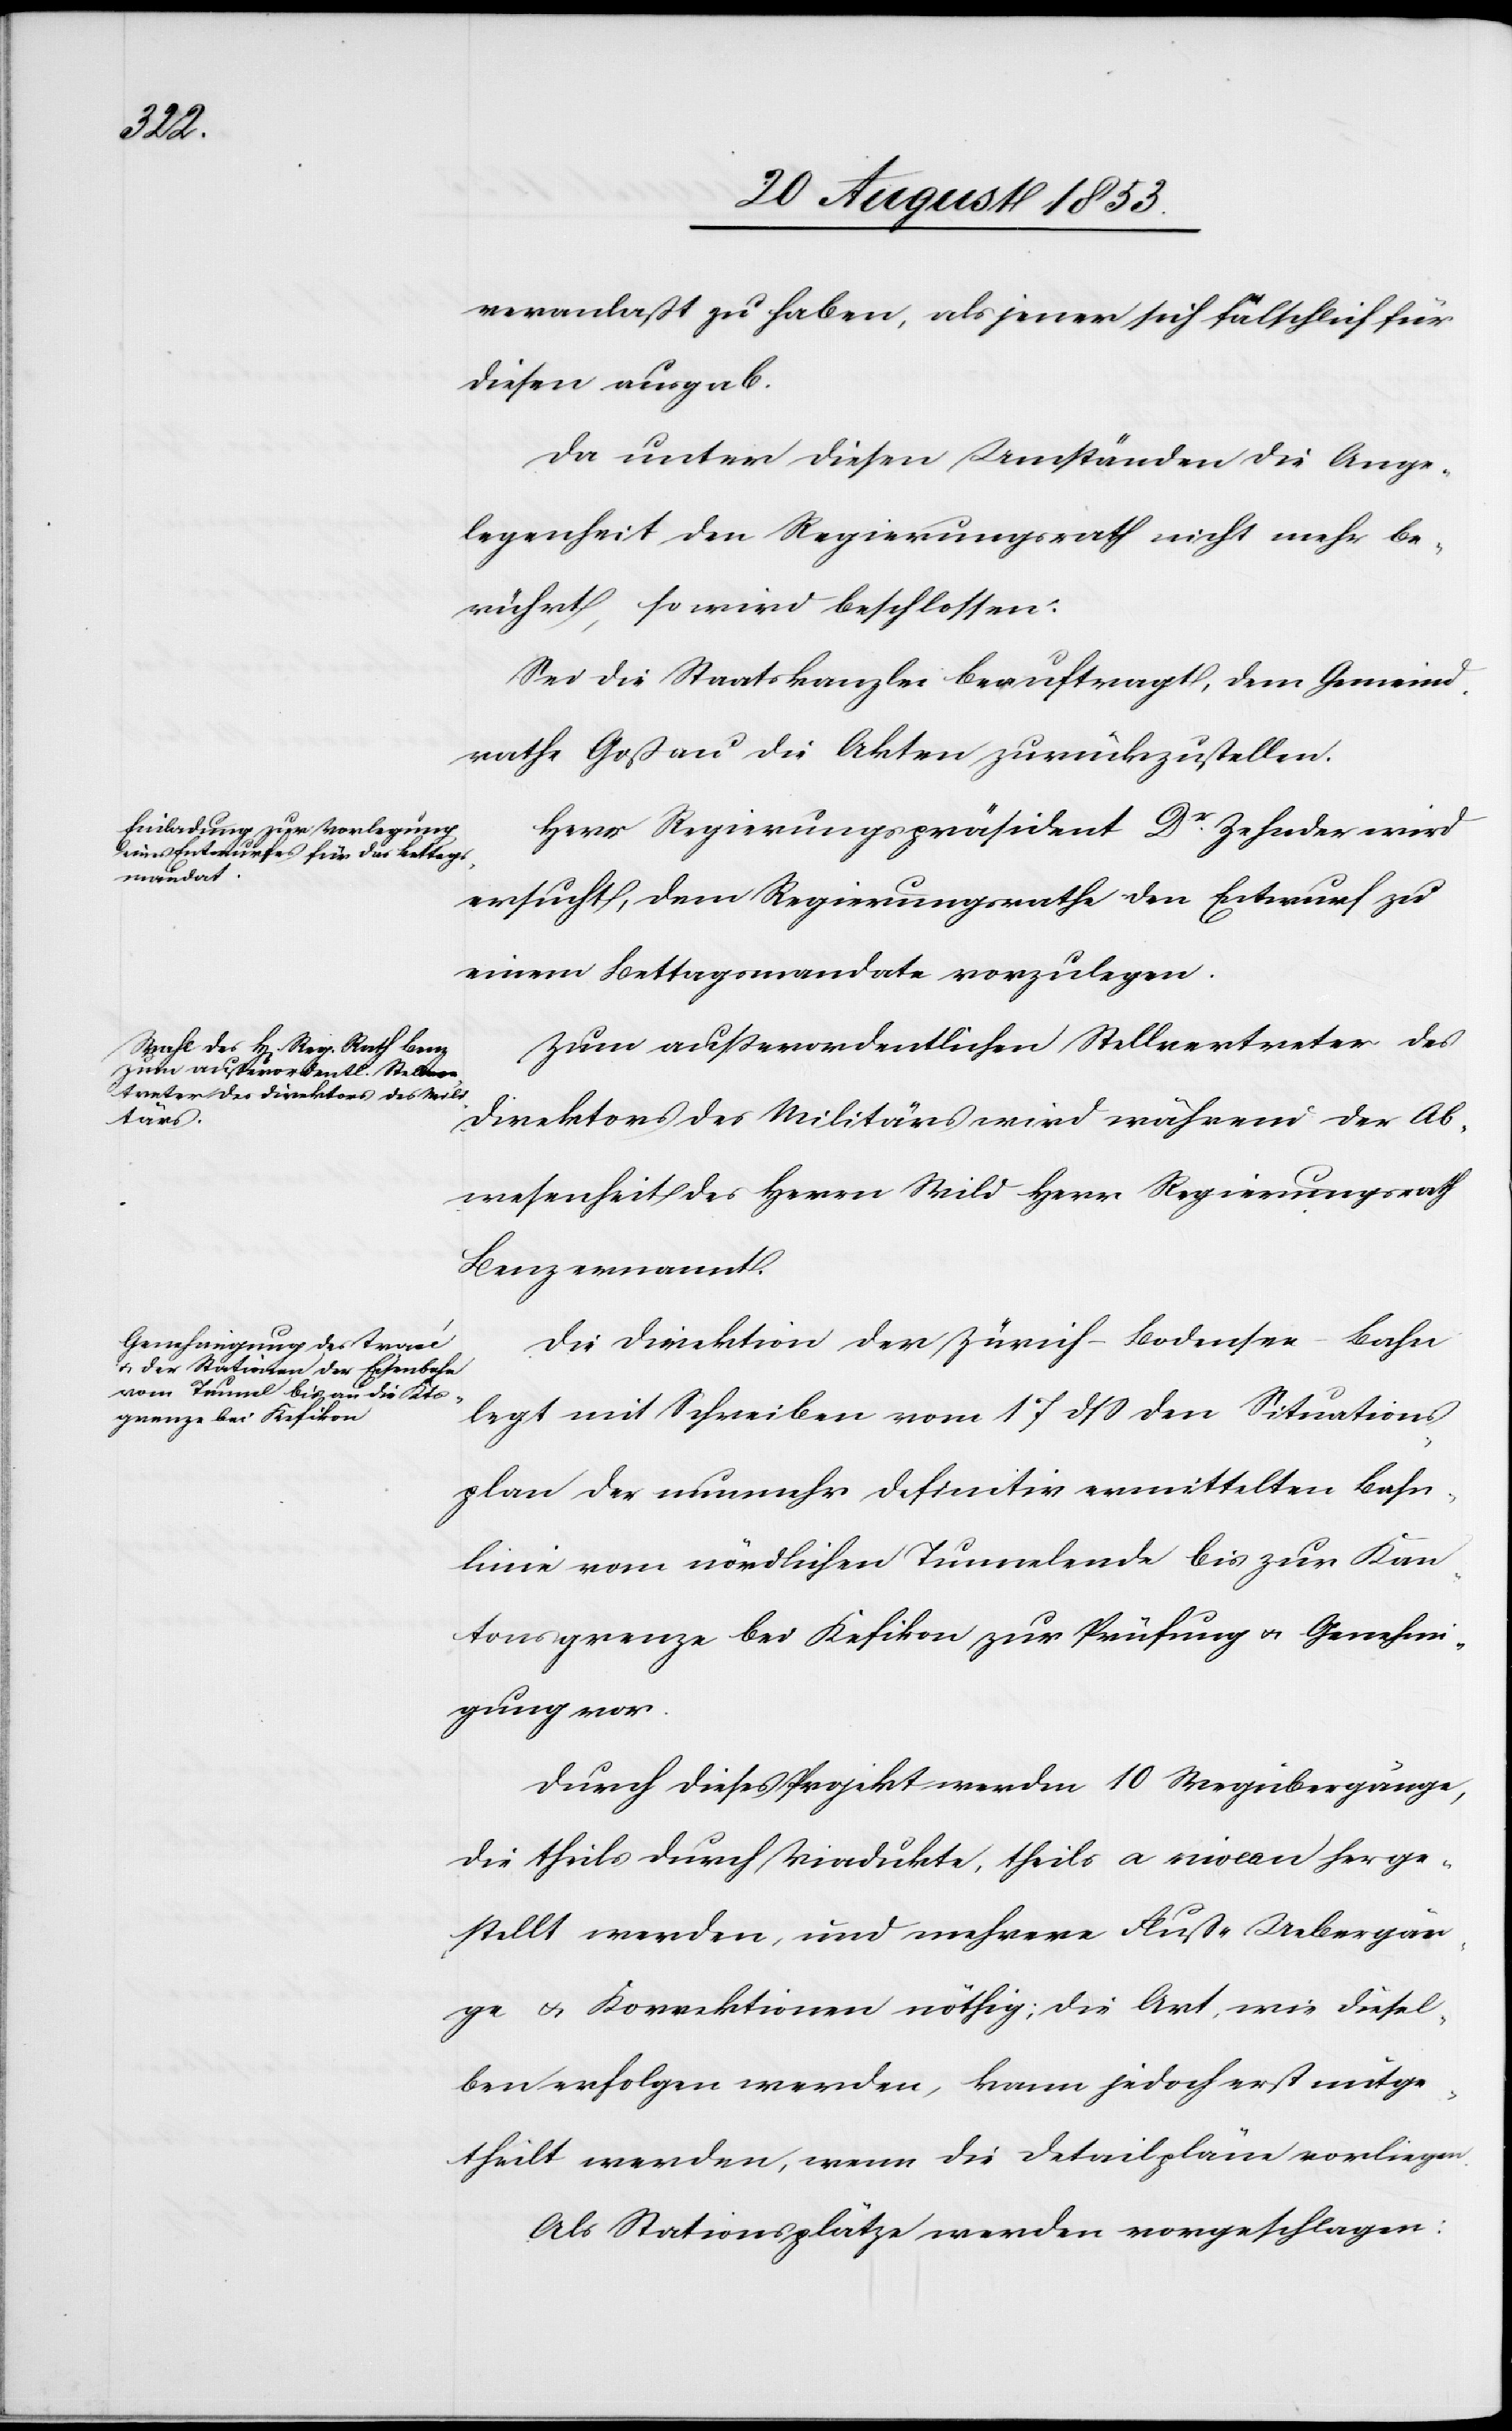
veranlaßt zu haben, als jener sich fälschlich für
diesen ausgab.
Da unter diesen Umständen die Ange¬
legenheit den Regierungsrath nicht mehr be¬
rührt, so wird beschlossen:
Sei die Staatskanzlei beauftragt, dem Gemeind¬
rathe Goßau die Akten zurückzustellen.
Herr Regierungspräsident Dr Zehnder wird
ersucht, dem Regierungsrathe den Entwurf zu
einem Bettagsmandante vorzulegen.
Zum außerordentlichen Stellvertreter des
Direktors des Militärs wird während der Ab¬
wesenheit des Herrn Wild Herr Regierungsrath
Benz ernannt.
Die Direktion der Zürich-Bodensee-Bahn
legt mit Schreiben vom 17 dß den Situations¬
plan der nunmehr definitiv ermittelten Bahn¬
linie vom nördlichen Tunnelende bis zur Kan¬
tonsgrenze bei Kefikon zur Prüfung u. Genehmi¬
gung vor.
Durch dieses Projekt werden 10 Wegübergänge,
die theils durch Viadukte, theils a niveau herge¬
stellt werden, und mehrere Fluß-Uebergän¬
ge u. Korrektionen nöthig; die Art, wie diesel¬
ben erfolgen werden, kann jedoch erst mitge¬
theilt werden, wenn die Detailpläne vorliegen.
Als Stationsplätze werden vorgeschlagen: